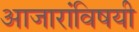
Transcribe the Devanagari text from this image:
आजारांविषयी